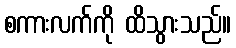
စကားလက်ကို ထိသွားသည်။